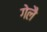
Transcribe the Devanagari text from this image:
गेलै